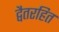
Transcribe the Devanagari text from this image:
द्वैतरहित